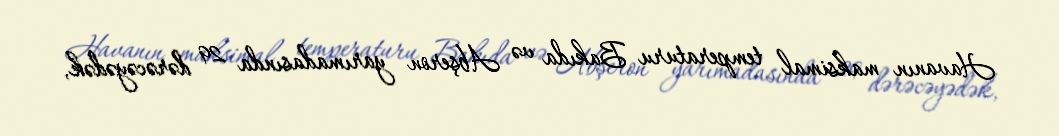
Havanın maksimal temperaturu Bakıda və Abşeron yarımadasında 29 dərəcəyədək,